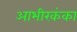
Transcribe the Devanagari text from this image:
आभीरकंका